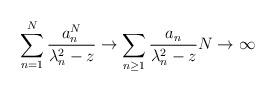
LaTeX: \begin{align*}\sum\limits_{n= 1}^N \frac{a_n^N}{\lambda_n^2-z} \to \sum\limits_{n\ge 1} \frac{a_n}{\lambda_n^2-z} N\to\infty\end{align*}